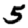
Digit: 5